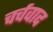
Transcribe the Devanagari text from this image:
चर्चवाद